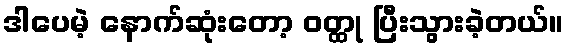
ဒါပေမဲ့ နောက်ဆုံးတော့ ဝတ္ထု ပြီးသွားခဲ့တယ်။